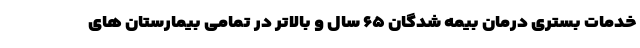
خدمات بستری درمان بیمه شدگان ۶۵ سال و بالاتر در تمامی بیمارستان های